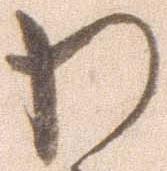
わ